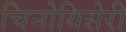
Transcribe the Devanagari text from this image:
चिनोयिसेरी